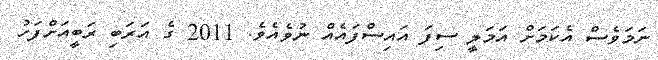
ނަމަވެސް އެކަމަށް އަމަލީ ސިފަ އައިސްފައެއް ނުވެއެވެ. 2011 ގެ އަރަބި ރަބީއަށްފަހު